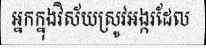
អ្នកក្នុងវិស័យស្រូវអង្ករដែល